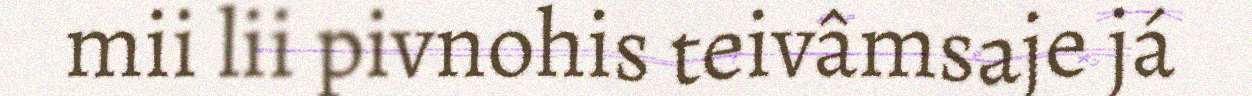
mii lii pivnohis teivâmsaje já